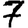
Digit: 7